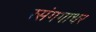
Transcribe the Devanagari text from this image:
रसंगगाधर